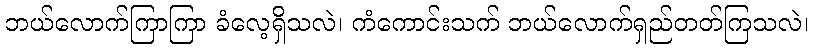
ဘယ်လောက်ကြာကြာ ခံလေ့ရှိသလဲ၊ ကံကောင်းသက် ဘယ်လောက်ရှည်တတ်ကြသလဲ၊